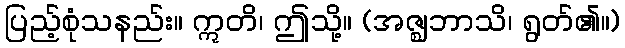
ပြည့်စုံသနည်း။ ဣတိ၊ ဤသို့။ (အဇ္ဈဘာသိ၊ ရွတ်၏။)